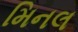
મિનલ